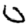
Digit: 0